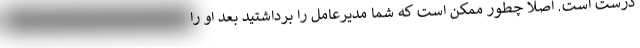
درست است. اصلاً چطور ممکن است که شما مدیرعامل را برداشتید بعد او را